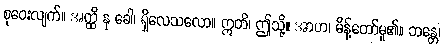
စုဝေးလျက်။ အတ္ထိ နု ခေါ၊ ရှိလေသလော။ ဣတိ၊ ဤသို့။ အာဟ၊ မိန့်တော်မူ၏။ ဘန္တေ၊